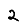
Digit: 2